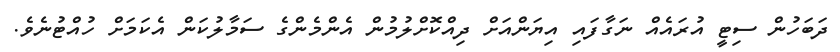
ދަބަހުން ސިޓީ އުރައެއް ނަގާފައި އިޔަންއަށް ދިއްކޮށްލުމުން އެންމެންގެ ސަމާލުކަން އެކަމަށް ހުއްޓުނެވެ.